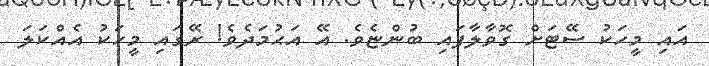
އައި މީހަކު ސޭޓަށް ގޮވާލާފައި ބުންޏެވެ. އޭ އަޙުމަދެވެ! ރޭގައި މީހަކު އެއްކަލަ